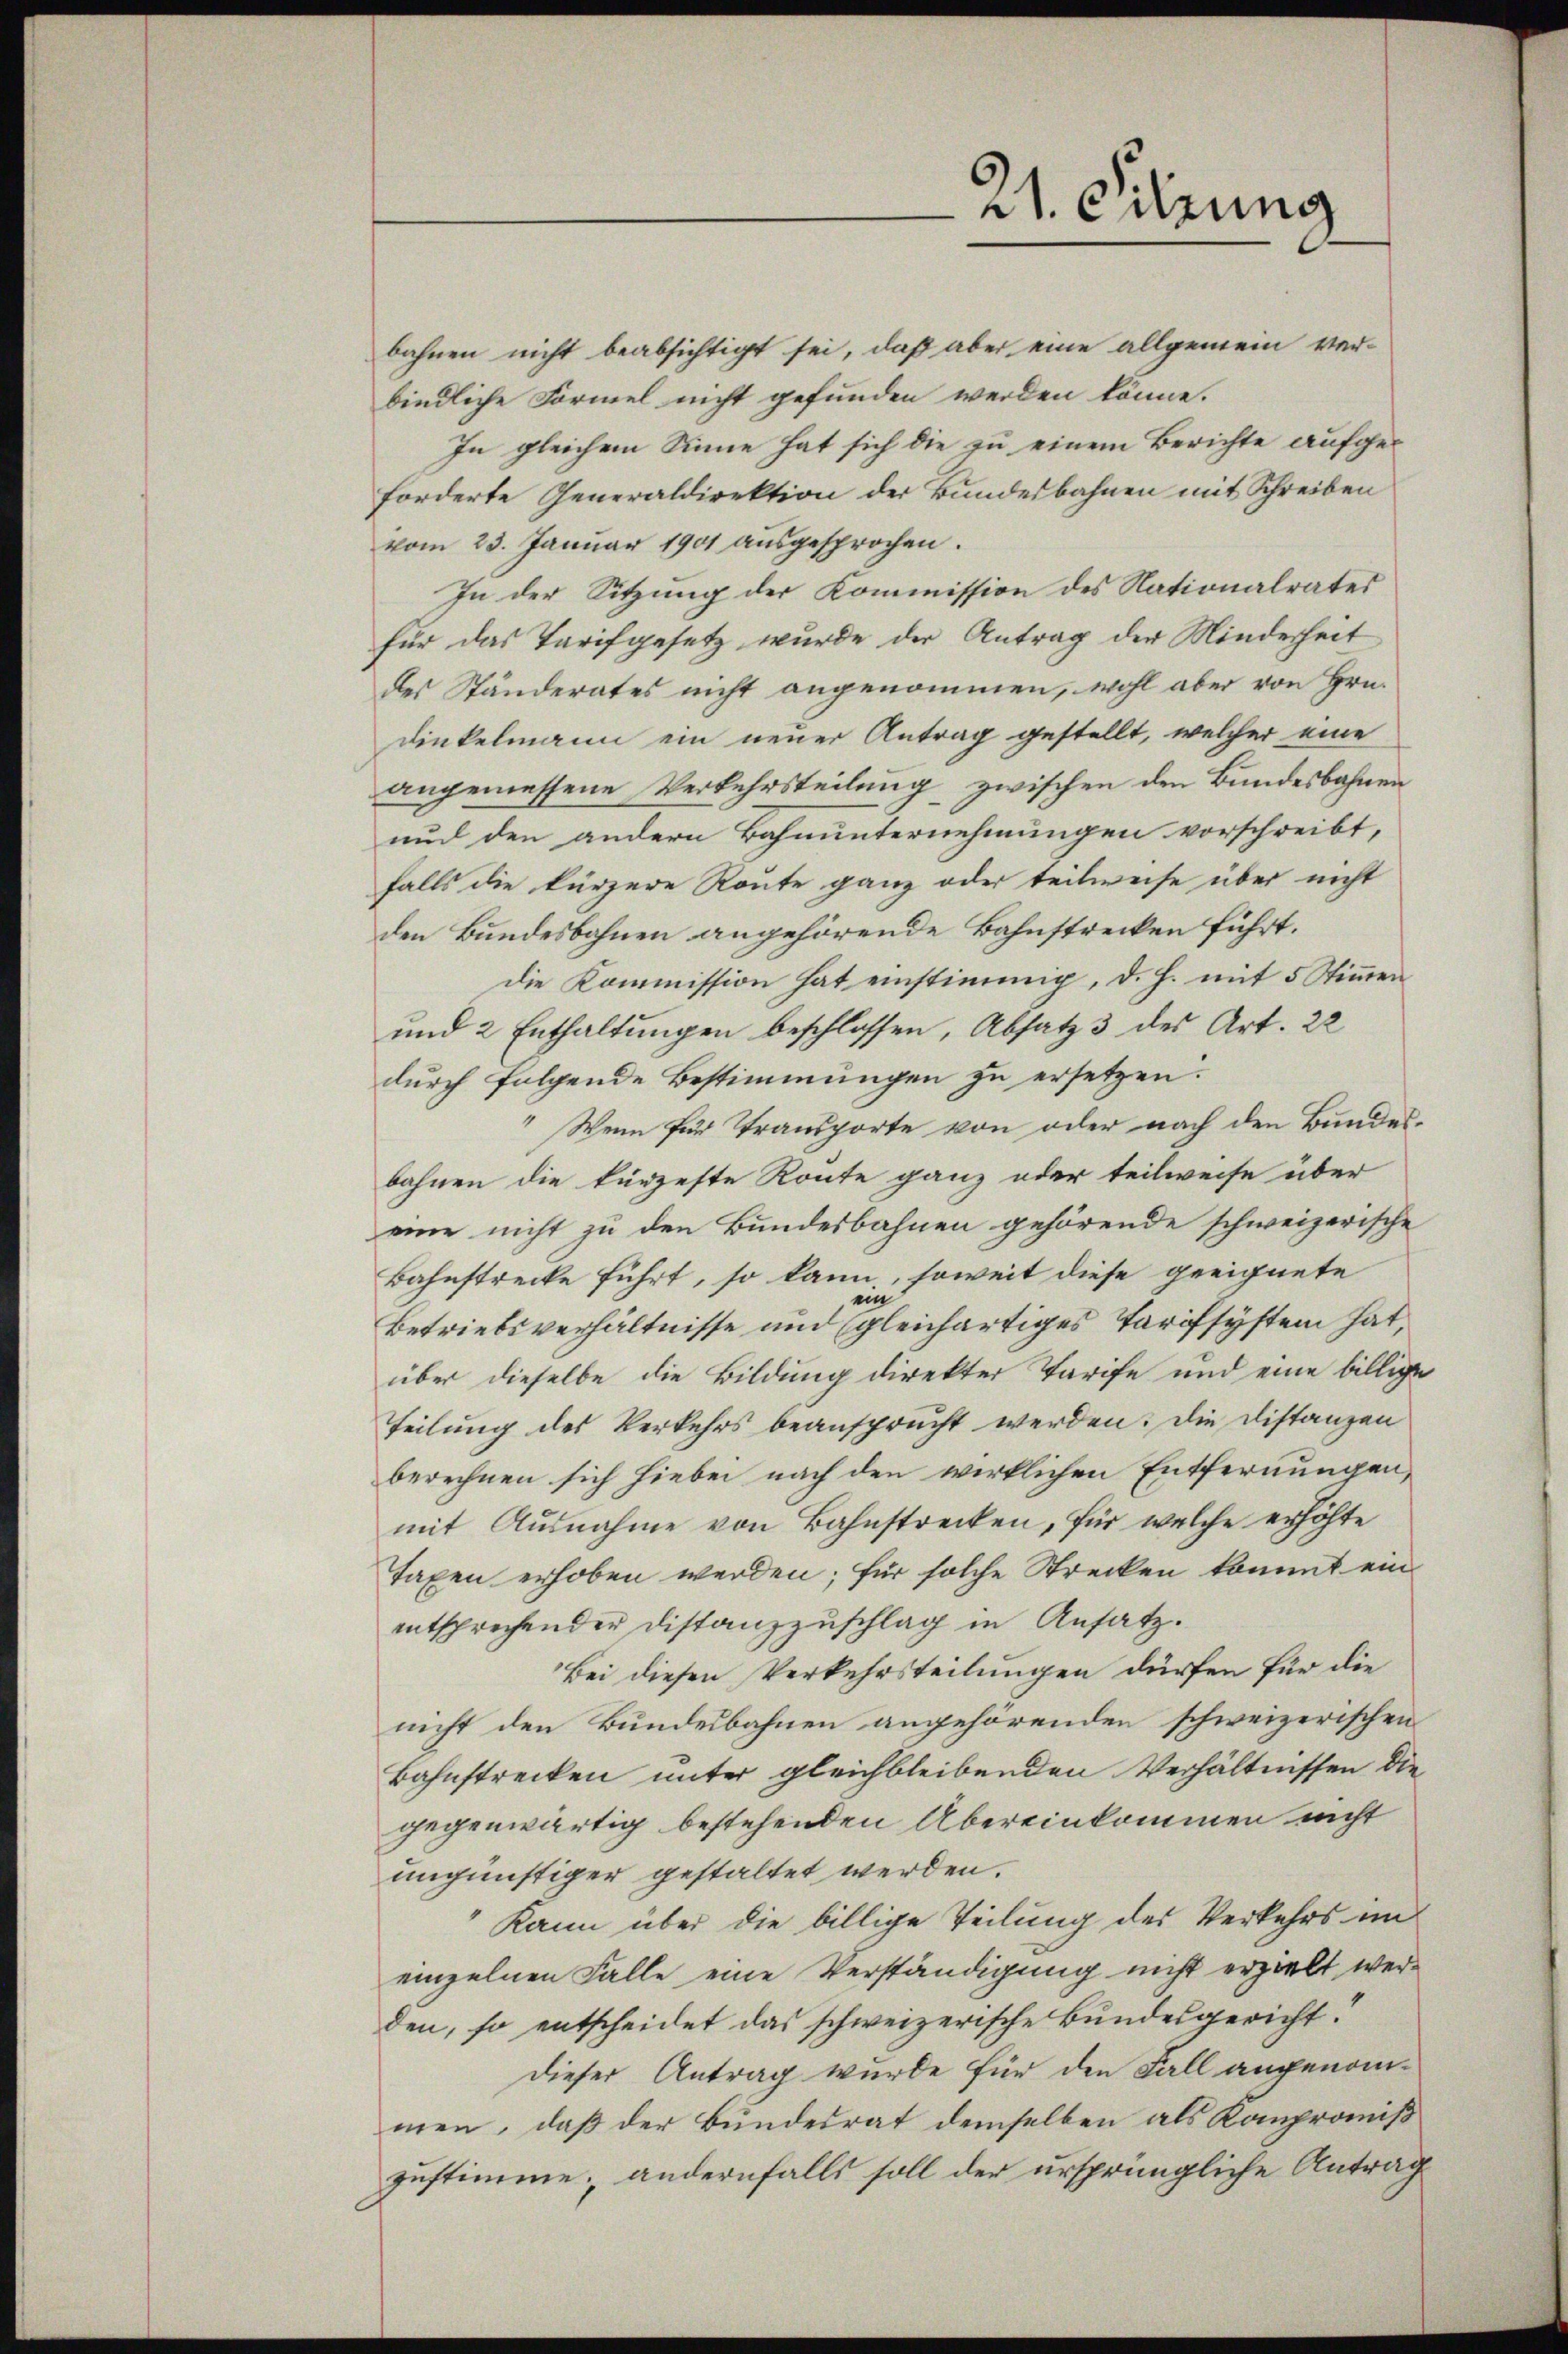
21. Sitzung

bahnen nicht beabsichtigt sei, daß aber eine allgemein ver-
bindliche Formel nicht gefunden werden könne.
In gleichem Sinne hat sich die zu einem Berichte aufgeforderte Generaldirektion der Bundesbahnen mit Schreiben
vom 23. Janŭar 1901 aŭsgesprochen.
In der Sitzung der Kommission des Nationalrates
für das Tarifgesetz wurde der Antrag der Minderheit
des Ständerates nicht angenommen, wohl aber von Hrn.
Dinkelmann ein neuer Antrag gestellt, welcher eine
angemessene Verkehrsteilung zwischen den Bundesbahnen
und den andern Bahnunternehmungen vorschreibt,
falls die kürzere Route ganz oder teilweise über nicht
den Bundesbohnen angehörende Bahnstrecken führt.
die Kommission hat einstimmig, d. h. mit 5 Stimmen
und 2 Enthaltungen beschlossen, Absatz 3 des Art. 22
durch folgende Bestimmungen zu ersetzen.
" Wenn für Transporte von oder nach den Bundesbahnen die kürzeste Route ganz oder teilweise über
eine nicht zu den Bundesbahnen gehörende schweizerische
Bahnstrecke führt, so kann, soweit diese geeignete
Betriebsverhältnisse und gleichartiges Tarifsystem hat,
über dieselbe die Bildung direkter Tarife und eine billige
teilung des Verkehrs beansprucht werden. Die Distanzen
berechnen sich hiebei nach den wirklichen Entfernungen,
mit Ausnahme von Bahnstrecken, für welche erhöhte
Taxen erhoben werden; für solche Strecken kommt ein
entsprechender Distanzzuschlag in Ansatz.
Bei diesen Verkehrsteilungen dürfen für die
nicht den Bundesbahnen angehörenden schweizerischen
Bahnstrecken unter gleichbleibenden Verhältnissen die
gegenwärtig bestehenden Übereinkommen nicht
ungünstiger gestaltet werden.
Kann über die billige Teilung des Verkehrs im
einzelnen Falle eine Verständigung nicht erzielt werden, so entscheidet das schweizerische Bundesgericht.
dieser Antrag wurde für den Fall angenommen, daß der Bundesrat demselben als Kompromiß
zustimme; andernfalls soll der ursprüngliche Antrag